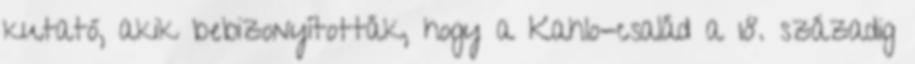
kutató, akik bebizonyították, hogy a Kahlo-család a 18. századig